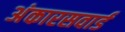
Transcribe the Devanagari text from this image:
अंकारसवार्ड